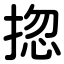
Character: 㧾